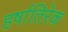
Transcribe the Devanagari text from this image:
हर्षातिरेक